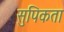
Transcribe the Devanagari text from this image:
सुपिकता